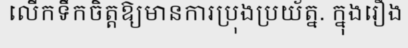
លើកទឹកចិត្តឱ្យមានការប្រុងប្រយ័ត្ន. ក្នុងរឿង